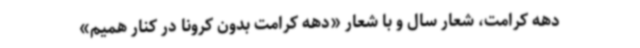
دهه‌ کرامت، شعار سال و با شعار «دهه‌ کرامت بدون کرونا در کنار همیم»